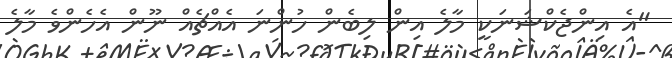
"އެ އިންޖެކްޝަނަކީ މާލެ އިން ލިބެން ހުންނަ އެއްޗެއް ނޫން އެހެންވެ މާލެ